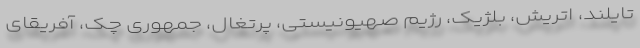
تایلند، اتریش، بلژیک، رژیم صهیونیستی، پرتغال، جمهوری چک، آفریقای